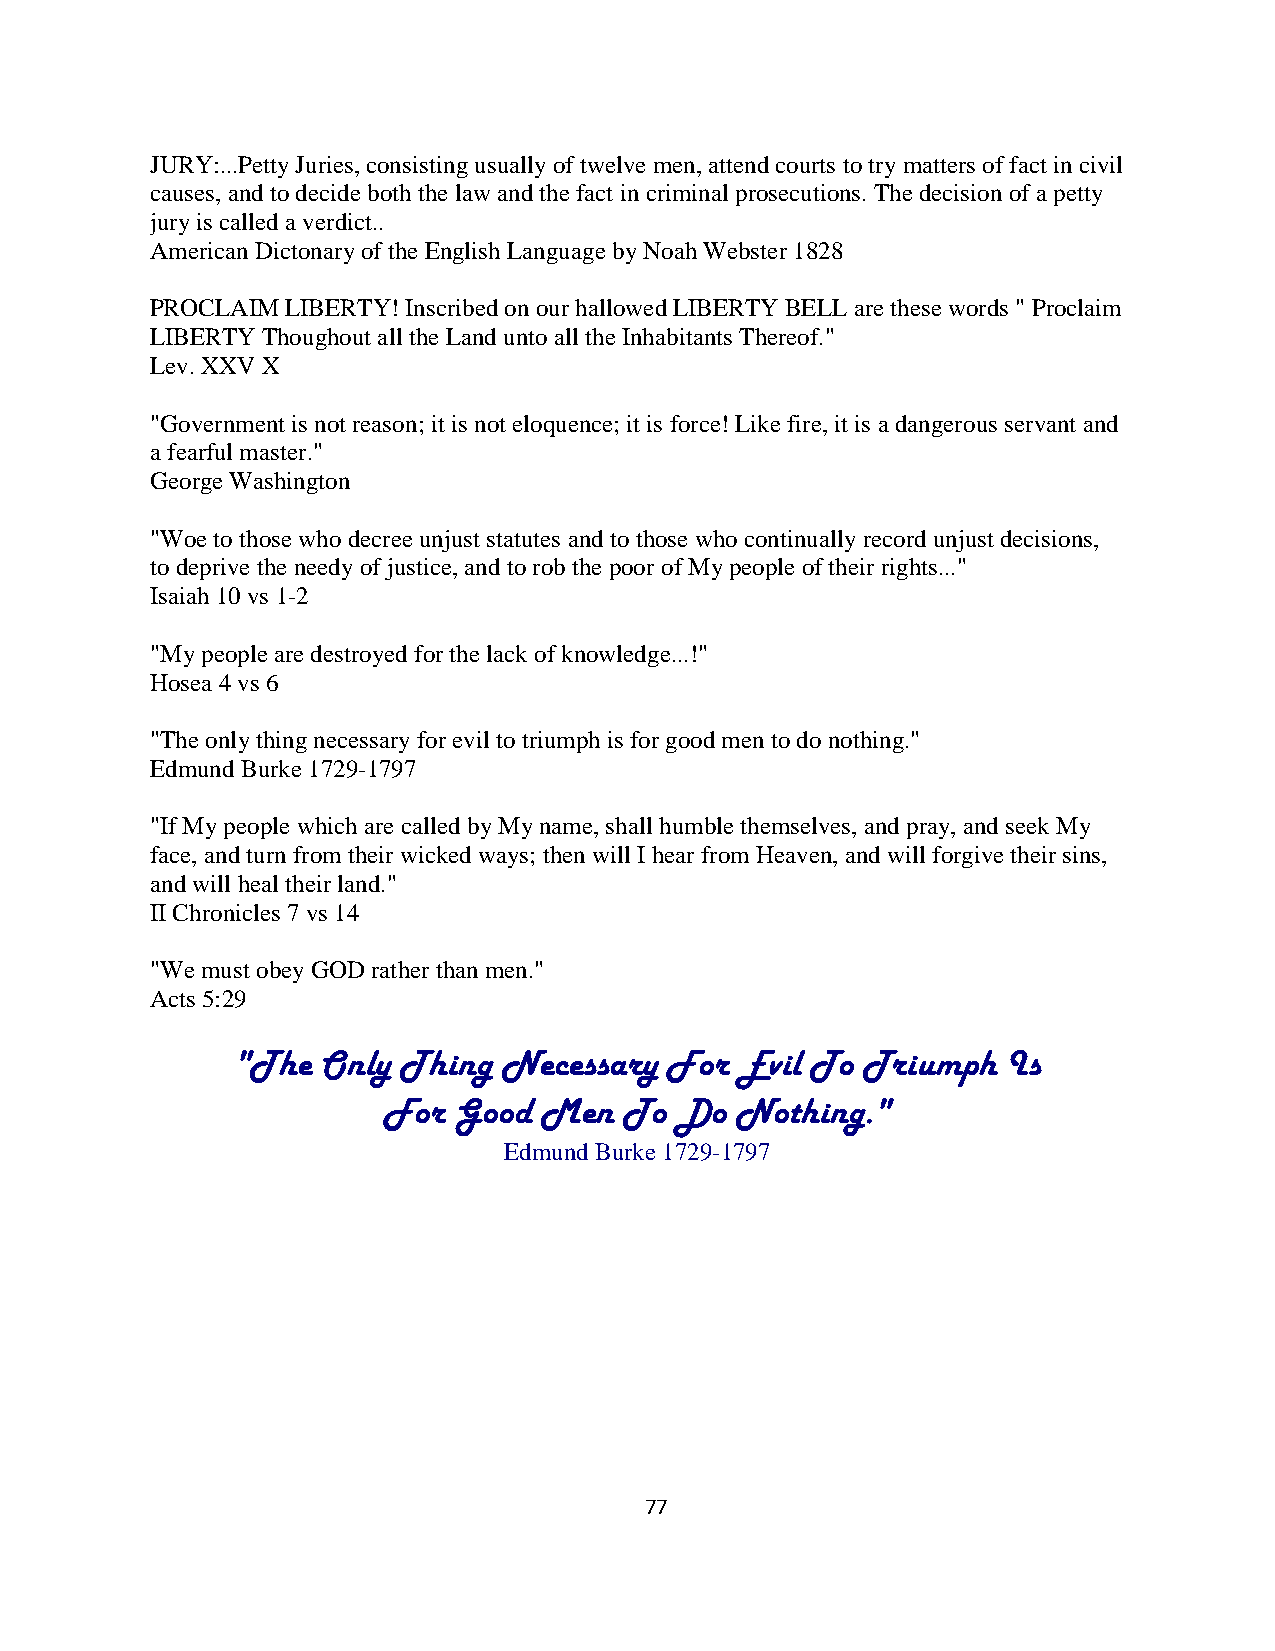
JURY:...Petty Juries, consisting usually of twelve men, attend courts to try matters of fact in civil
 causes, and to decide both the law and the fact in criminal prosecutions. The decision of a petty
 jury is called a verdict..
 American Dictonary of the English Language by Noah Webster 1828
 PROCLAIM LIBERTY! Inscribed on our hallowed LIBERTY BELL are these words " Proclaim
 LIBERTY Thoughout all the Land unto all the Inhabitants Thereof."
 Lev. XXV X
 "Government is not reason; it is not eloquence; it is force! Like fire, it is a dangerous servant and
 a fearful master."
 George Washington
 "Woe to those who decree unjust statutes and to those who continually record unjust decisions,
 to deprive the needy of justice, and to rob the poor of My people of their rights..."
 Isaiah 10 vs 1-2
 "My people are destroyed for the lack of knowledge...!"
 Hosea 4 vs 6
 "The only thing necessary for evil to triumph is for good men to do nothing."
 Edmund Burke 1729-1797
 "If My people which are called by My name, shall humble themselves, and pray, and seek My
 face, and turn from their wicked ways; then will I hear from Heaven, and will forgive their sins,
 and will heal their land."
 II Chronicles 7 vs 14
 "We must obey GOD rather than men."
 Acts 5:29
 "The  Only  Thing Necessary  For  Evil To Triumph   Is
 For  Good  Men  To  Do  Nothing."
 Edmund Burke 1729-1797
 77